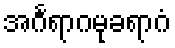
အင်္ဂရာဂမုခရာဂံ